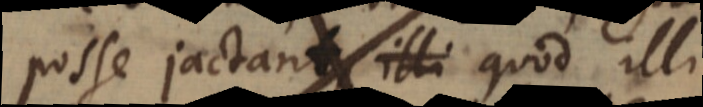
posse jactant, illi quod illi